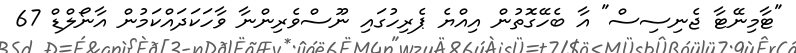
"ޓާމިނޭޓާ ޖެނިސިސް" އާ ބެހޭގޮތުން އިއްޔެ ޕެރިހުގައި ނޫސްވެރިންނާ ވާހަކަދައްކަމުން އާނޯލްޑް 67